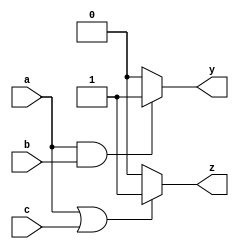
module combinational_logic (
    input wire a,          // First input signal
    input wire b,          // Second input signal
    input wire c,          // Third input signal
    output reg y,          // Output signal
    output reg z           // Another output signal
);

always @(*) begin
    // Combinational logic for output y
    if (a && b) begin
        y = 1;            // y is high if both a and b are high
    end else begin
        y = 0;            // y is low otherwise
    end

    // Combinational logic for output z
    z = (a || c) ? 1 : 0; // z is high if either a or c is high
end

endmodule